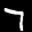
Label: 7